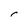
Character: r